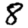
Digit: 8